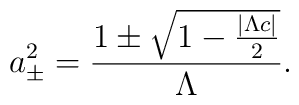
a_{\pm }^{2}=\frac{1\pm \sqrt{1-\frac{{|\Lambda c|}}{2}}}{{\Lambda }}.